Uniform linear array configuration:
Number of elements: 32
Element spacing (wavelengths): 0.75
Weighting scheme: uniform
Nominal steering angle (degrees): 45
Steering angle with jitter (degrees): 44.359
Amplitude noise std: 0.05
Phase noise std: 0.05

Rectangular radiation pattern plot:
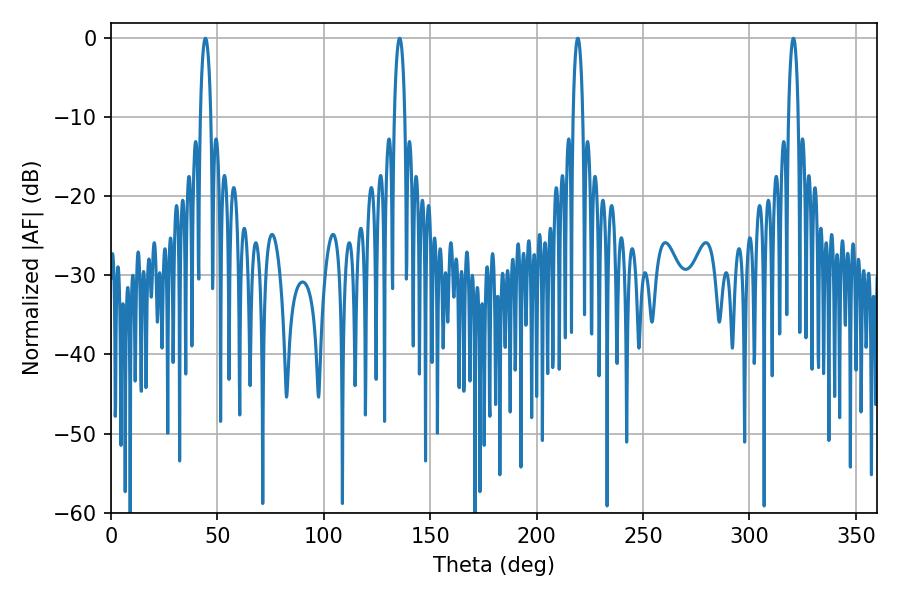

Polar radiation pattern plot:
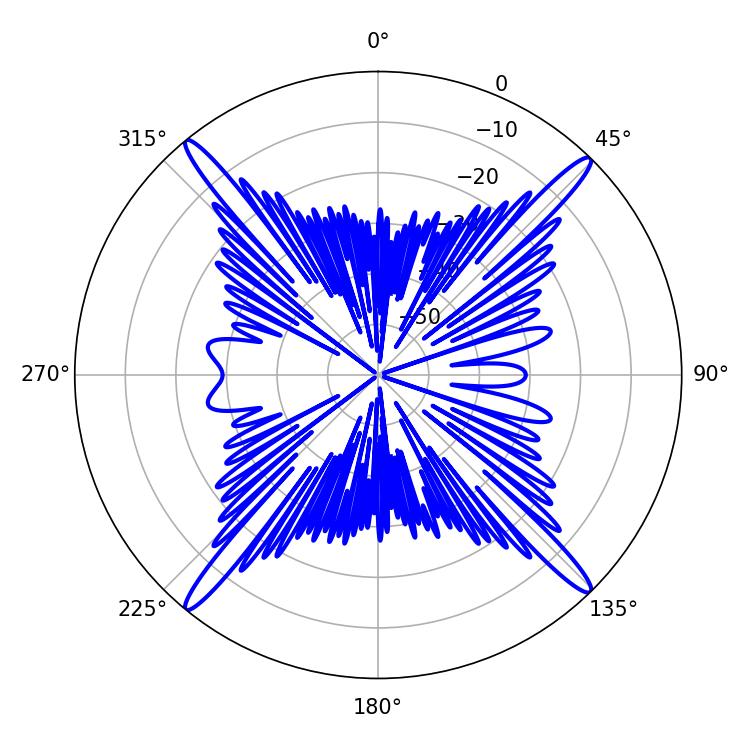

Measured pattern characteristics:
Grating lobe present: TRUE
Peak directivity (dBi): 21.928
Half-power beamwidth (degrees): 2.52
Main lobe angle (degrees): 320.58